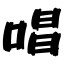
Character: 唱